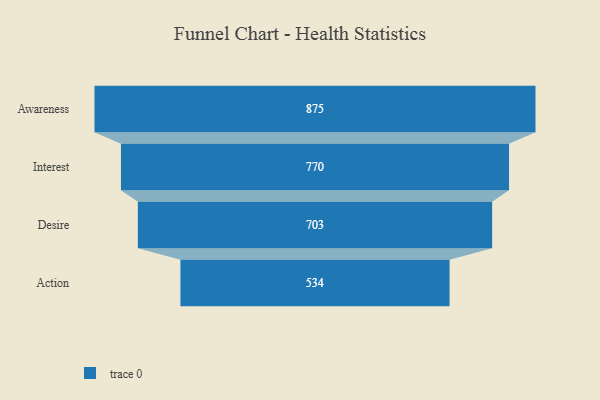
{"axis": {"x": "Stage", "y": "Value"}, "legend": [""], "data": [{"x": "Awareness", "y": 875.0, "type": ""}, {"x": "Interest", "y": 770.0, "type": ""}, {"x": "Desire", "y": 703.0, "type": ""}, {"x": "Action", "y": 534.0, "type": ""}]}